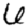
Digit: 6